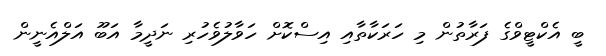
ބީ އެކްޓީވްގެ ފަރާތުން މި ހަރަކާތާއި އިސްކޮށް ހަވާލުވެހުރި ނަދީމާ އަބޫ އަލްއެނީން